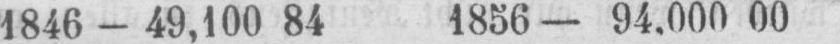
1846 - 49,100 84 1856 - 94‚000 00